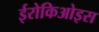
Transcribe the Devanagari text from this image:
ईरोकिओइस